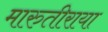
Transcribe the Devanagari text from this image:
मारुतीराया